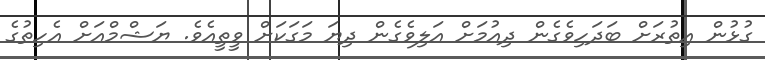
ގުޅުން އިތުރަށް ބަދަހިވެގެން ދިއުމަށް އަލިވެގެން ދިޔަ މަގަކަށް ވީތީއެވެ. ޔަޝްމްއަށް އެހިތުގެ